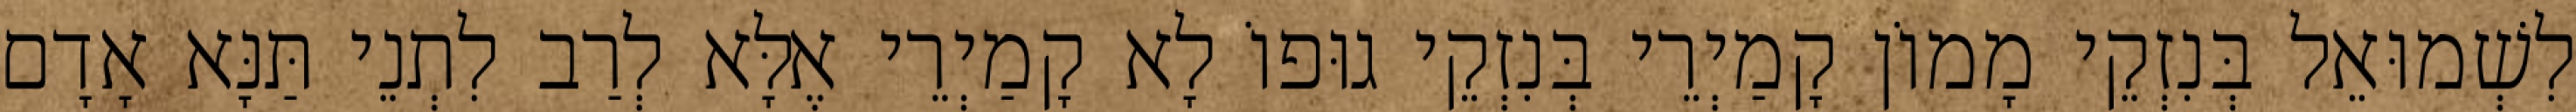
לִשְׁמוּאֵל בְּנִזְקֵי מָמוֹן קָמַיְרֵי בְּנִזְקֵי גוּפוֹ לָא קָמַיְרֵי אֶלָּא לְרַב לִתְנֵי תַּנָּא אָדָם